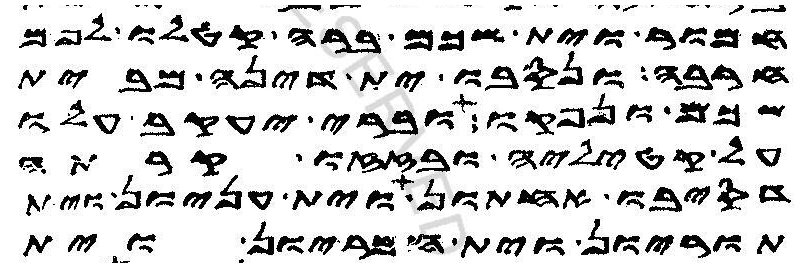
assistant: חמור וית שכם ברה קטלו לפם
חרבה ונסבו ית דינה מבית
שכם ונפקו וברי יעקב עלו
על קטיליה ובזזו קרתה
דסיבו אחתון וית עניון וית
תוריון וית חמריון וית